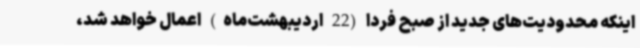
اینکه محدودیت‌های جدید از صبح فردا (22 اردیبهشت‌ماه) اعمال خواهد شد،